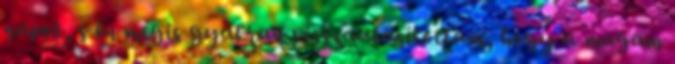
napot, s én mégis gyakran visszautasítottam, hogy a magam